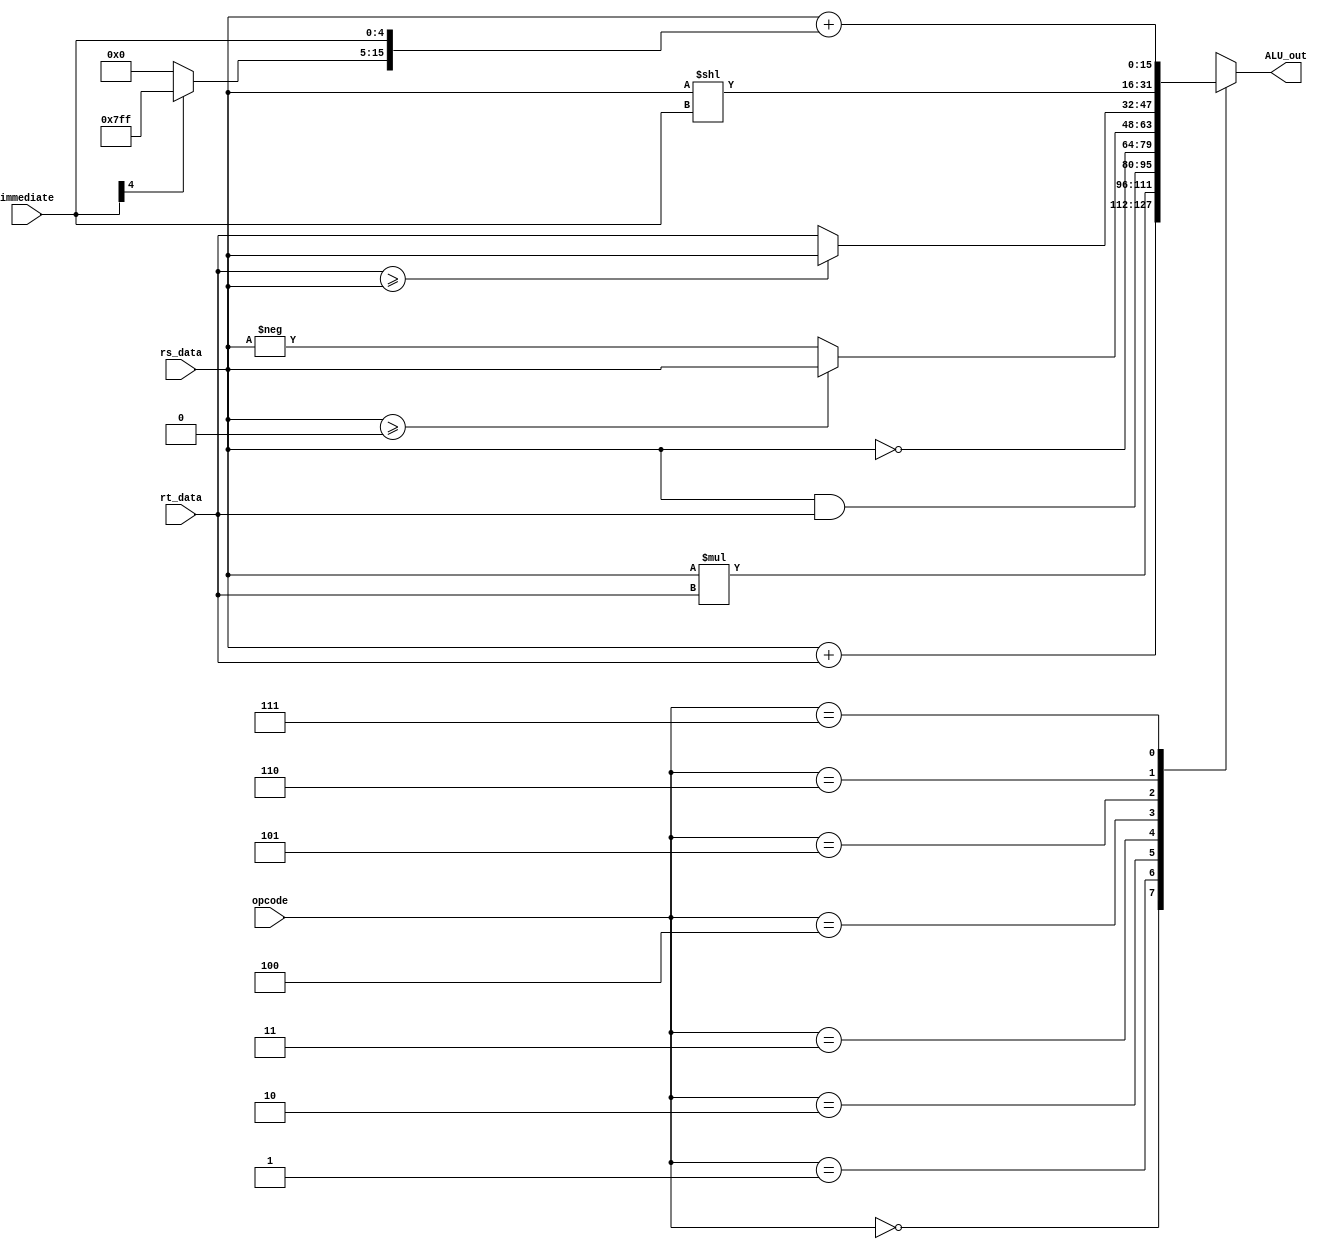
`timescale 1ns/1ps

module ALU (
    input [2:0] opcode,
    input signed [15:0] rs_data,
    input signed [15:0] rt_data,
    input [4:0] immediate,
    output reg signed [15:0] ALU_out
);

reg signed [15:0] immediate_extened;

always @ (*) begin
    // Sign extend the immediate value
    if (immediate[4] == 1'b1) begin
        immediate_extened[15:5] = 11'b11111111111; // Sign extension for negative value
    end else begin
        immediate_extened[15:5] = 11'b00000000000; // Zero extension for non-negative
    end
    immediate_extened[4:0] = immediate[4:0];
end

always @ (*) begin
    // ALU operations
    case (opcode)
        3'b000: ALU_out = rs_data + rt_data;  // Addition
        3'b001: ALU_out = rs_data * rt_data;  // Multiplication
        3'b010: ALU_out = rs_data & rt_data;  // AND
        3'b011: ALU_out = ~rs_data;           // NOT
        3'b100: begin                         // Conditional sign
            if (rs_data >= 0)
                ALU_out = rs_data;
            else
                ALU_out = -rs_data;
        end
        3'b101: begin                         // Minimum
            if (rt_data >= rs_data)
                ALU_out = rs_data;
            else
                ALU_out = rt_data;
        end
        3'b110: ALU_out = rs_data << immediate;  // Shift left
        3'b111: ALU_out = rs_data + immediate_extened;  // Addition with sign-extended immediate
    endcase
end

endmodule